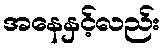
အနေနှင့်လည်း